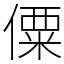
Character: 僳